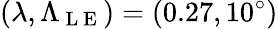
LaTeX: (\lambda,\Lambda_{\mathrm{~L~E~}})=(0.27,10^{\circ})